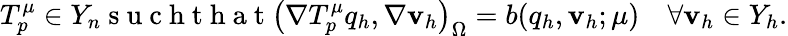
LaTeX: T_{p}^{\mu}\in Y_{n}\mathrm{~s~u~c~h~t~h~a~t~}\left(\nabla T_{p}^{\mu}q_{h},\nabla\textbf{v}_{h}\right)_{\Omega}=b(q_{h},\textbf{v}_{h};\mu)\quad\forall\textbf{v}_{h}\in Y_{h}.